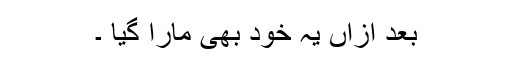
بعد ازاں یہ خود بھی مارا گیا ۔